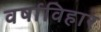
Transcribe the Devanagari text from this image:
वर्षाविहार